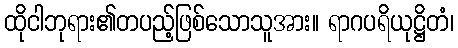
ထိုငါဘုရား၏တပည့်ဖြစ်သောသူအား။ ရာဂပရိယုဋ္ဌိတံ၊